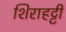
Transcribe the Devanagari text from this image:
शिराहट्टी